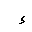
Letter: _hamza